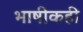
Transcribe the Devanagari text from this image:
भाषीकही